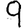
Digit: 9